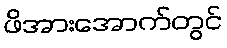
ဖိအားအောက်တွင်